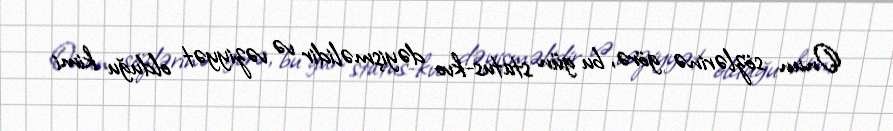
Onun sözlərinə görə, bu gün status-kvo dəyişməlidir və vəziyyət olduğu kimi